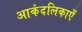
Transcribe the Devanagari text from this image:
आकंदलिकाएँ